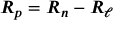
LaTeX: { \boldsymbol { R _ { p } } } = { \boldsymbol { R _ { n } } } - { \boldsymbol { R _ { \ell } } }